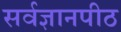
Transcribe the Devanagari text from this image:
सर्वज्ञानपीठ